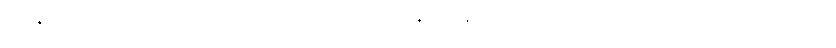
ခွေးနွားတို့၏ အကျင့်ကို ကျင့်သော် နောင်အခါတွင် ခွေးနွားဖြစ်စေတတ်ကြောင်း ဟောသော ကုက္ကုရဝတိကသုတ်